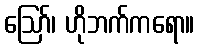
ဪ၊ ဟိုဘက်ကရော။